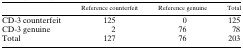
<table><thead><tr><td>[EMPTY_CELL]</td><td><b>Reference counterfeit</b></td><td><b>Reference genuine</b></td><td><b>Total</b></td></tr></thead><tbody><tr><td>CD-3 counterfeit</td><td>125</td><td>0</td><td>125</td></tr><tr><td>CD-3 genuine</td><td>2</td><td>76</td><td>78</td></tr><tr><td>Total</td><td>127</td><td>76</td><td>203</td></tr></tbody></table>